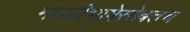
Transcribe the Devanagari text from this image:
मराठीभाषेसोबतच